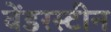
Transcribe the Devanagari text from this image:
वेंडरस्टीन